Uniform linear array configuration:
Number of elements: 48
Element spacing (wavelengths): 0.5
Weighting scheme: binomial
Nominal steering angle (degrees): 45
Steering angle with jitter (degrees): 43.788
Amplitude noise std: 0.05
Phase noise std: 0.05

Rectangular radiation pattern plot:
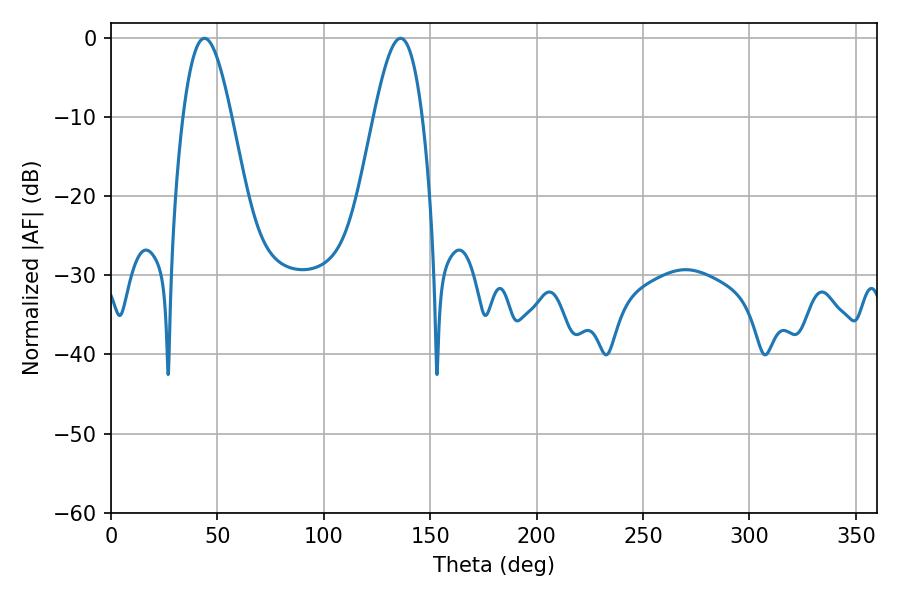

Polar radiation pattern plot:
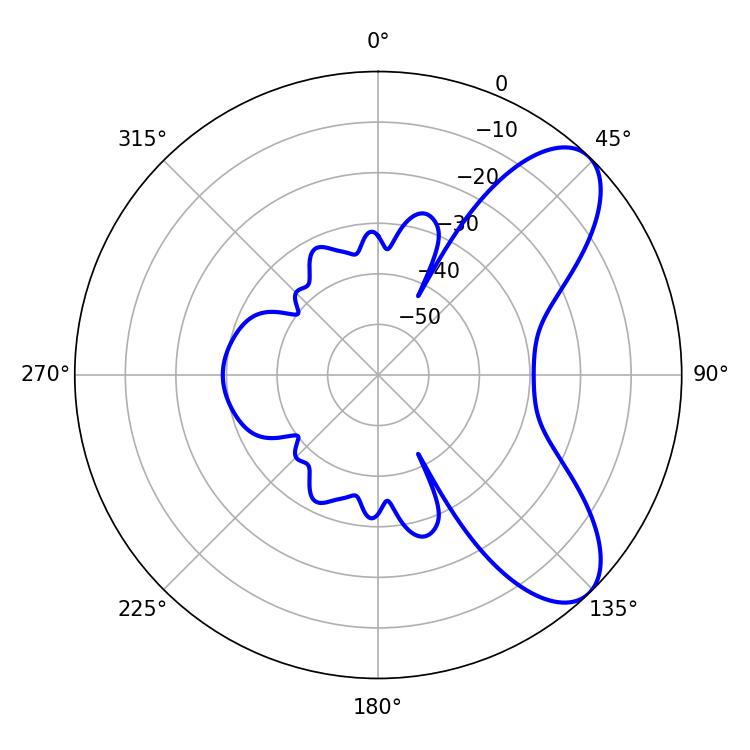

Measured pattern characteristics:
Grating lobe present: FALSE
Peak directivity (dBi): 7.848
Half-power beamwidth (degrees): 12.24
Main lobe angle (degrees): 43.92